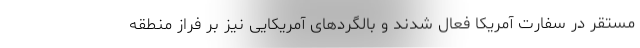
مستقر در سفارت آمریکا فعال شدند و بالگردهای آمریکایی نیز بر فراز منطقه